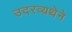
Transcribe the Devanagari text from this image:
उदरव्यथेने